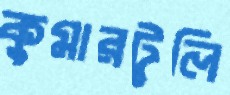
কুমারটুলি